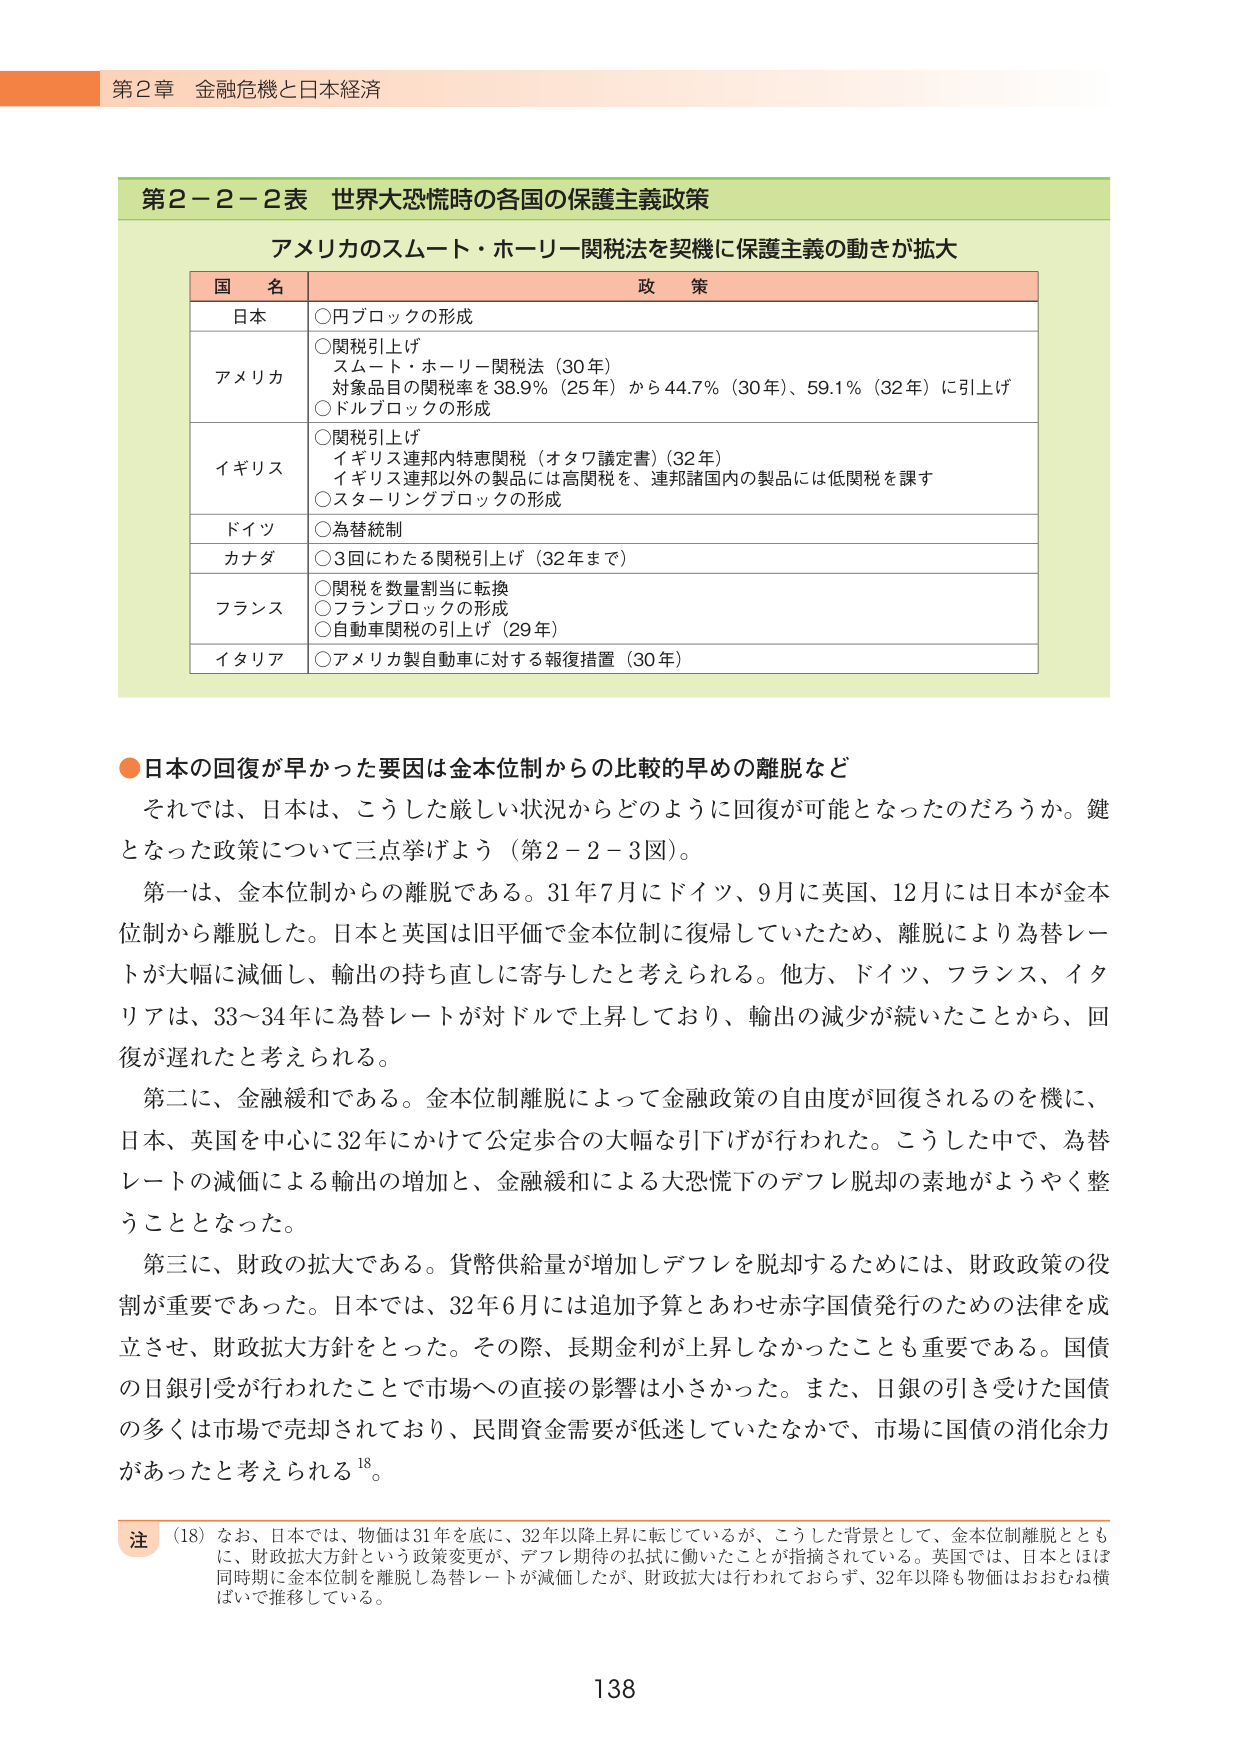
第２章 金融危機と日本経済

第２－２－２表 世界大恐慌時の各国の保護主義政策
アメリカのスムート・ホーリー関税法を契機に保護主義の動きが拡大

国 名 政 策
日本 ○円ブロックの形成
アメリカ ○関税引上げ
スムート・ホーリー関税法（30年）
対象品目の関税率を38.9％（25年）から44.7％（30年）、59.1％（32年）に引上げ
○ドルブロックの形成
イギリス ○関税引上げ
イギリス連邦内特恵関税（オタワ議定書）（32年）
イギリス連邦以外の製品には高関税を、連邦諸国内の製品には低関税を課す
○スターリングブロックの形成
ドイツ ○為替統制
カナダ ○3回にわたる関税引上げ（32年まで）
フランス ○関税を数量割当に転換
○フランブロックの形成
○自動車関税の引上げ（29年）
イタリア ○アメリカ製自動車に対する報復措置（30年）

●日本の回復が早かった要因は金本位制からの比較的早めの離脱など
それでは、日本は、こうした厳しい状況からどのように回復が可能となったのだろうか。鍵となった政策について三点挙げよう（第２－２－３図）。
第一は、金本位制からの離脱である。31年7月にドイツ、9月に英国、12月には日本が金本位制から離脱した。日本と英国は旧平価で金本位制に復帰していたため、離脱により為替レートが大幅に減価し、輸出の持ち直しに寄与したと考えられる。他方、ドイツ、フランス、イタリアは、33～34年に為替レートが対ドルで上昇しており、輸出の減少が続いたことから、回復が遅れたと考えられる。
第二に、金融緩和である。金本位制離脱によって金融政策の自由度が回復されるのを機に、日本、英国を中心に32年にかけて公定歩合の大幅な引下げが行われた。こうした中で、為替レートの減価による輸出の増加と、金融緩和による大恐慌下のデフレ脱却の素地がようやく整うこととなった。
第三に、財政の拡大である。貨幣供給量が増加しデフレを脱却するためには、財政政策の役割が重要であった。日本では、32年6月には追加予算とあわせ赤字国債発行のための法律を成立させ、財政拡大方針をとった。その際、長期金利が上昇しなかったことも重要である。国債の日銀引受が行われたことで市場への直接の影響は小さかった。また、日銀の引き受けた国債の多くは市場で売却されており、民間資金需要が低迷していたなかで、市場に国債の消化余力があったと考えられる¹⁸。

注 （18）なお、日本では、物価は31年を底に、32年以降上昇に転じているが、こうした背景として、金本位制離脱とともに、財政拡大方針という政策変更が、デフレ期待の払拭に働いたことが指摘されている。英国では、日本とほぼ同時期に金本位制を離脱し為替レートが減価したが、財政拡大は行われておらず、32年以降も物価はおおむね横ばいで推移している。

138